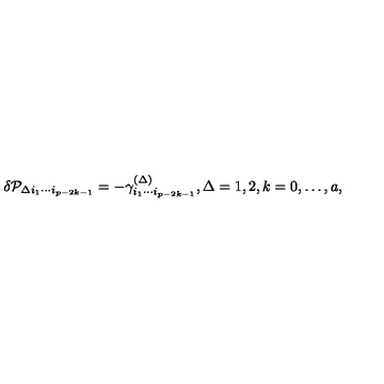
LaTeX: \delta { \cal P } _ { \Delta i _ { 1 } \cdots i _ { p - 2 k - 1 } } = - \gamma _ { i _ { 1 } \cdots i _ { p - 2 k - 1 } } ^ { ( \Delta ) } , \Delta = 1 , 2 , k = 0 , \ldots , a ,